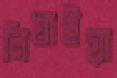
লিখাইয়া